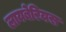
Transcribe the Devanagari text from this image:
लायबेरियस